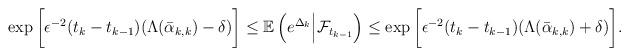
LaTeX: \begin{align*}\exp\bigg[\epsilon^{-2}(t_{k}-t_{k-1})(\Lambda(\bar \alpha_{k,k})-\delta)\bigg] \le \mathbb E\left(e^{\Delta_k}\Big|\mathcal{F}_{t_{k-1}}\right) \le \exp \bigg[\epsilon^{-2}(t_{k}-t_{k-1})(\Lambda(\bar \alpha_{k,k})+\delta)\bigg].\end{align*}